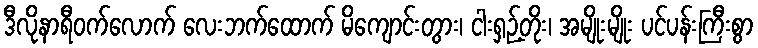
ဒီလိုနာရီဝက်လောက် လေးဘက်ထောက် မိကျောင်းတွား၊ ငါးရှဉ့်တိုး၊ အမျိုးမျိုး ပင်ပန်းကြီးစွာ